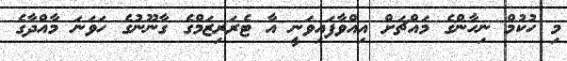
މި ހުކުމް ނިހާންގެ މައްޗަށް އިއްވާފައިވަނީ އާ ޓެރަރިޒަމްގެ ގާނޫނުގެ ހަވަނަ މާއްދާގެ